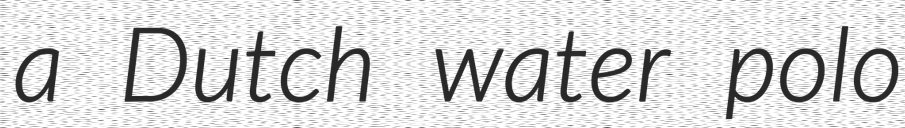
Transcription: a Dutch water polo